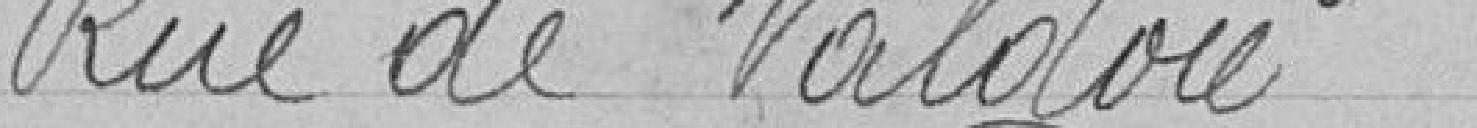
Rue de Valdoie